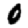
Digit: 0